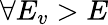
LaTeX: \forall E_{v}>E